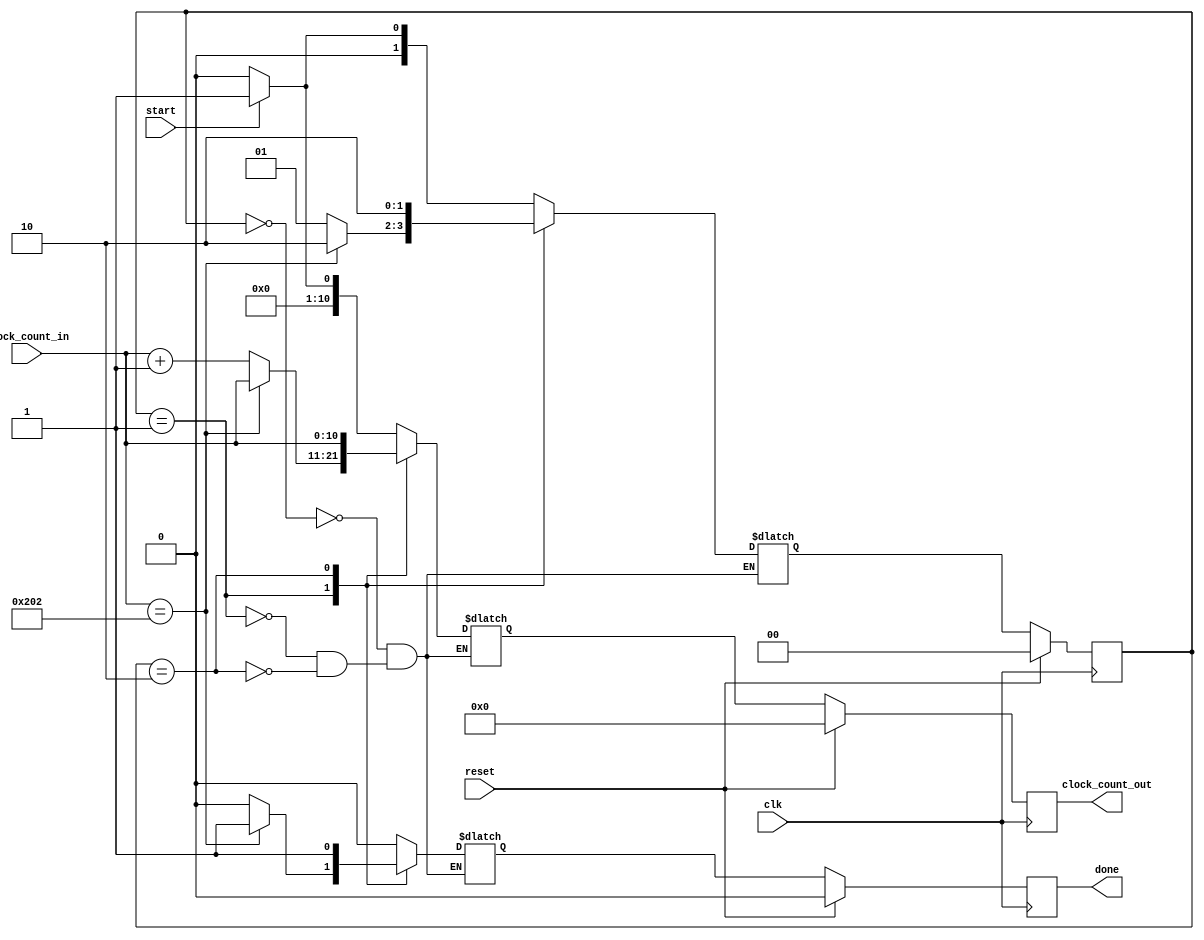
module controlFSM( start, reset, clk, clock_count_in, done, clock_count_out );
	input 						start, reset, clk;
	input			[10:0]		clock_count_in;
	output reg					done;
	output reg	[10:0]		clock_count_out;
	
	reg			[1:0]			current_state, next_state;
	reg			[10:0]		tempclock;
	reg							tempdone;
	
	parameter					reset_state = 2'b00;
	parameter					increment_state = 2'b01;
	parameter					finished_state = 2'b10;
	
	//output logic
	always @ ( posedge clk )
	begin
		if (reset)
		begin
			current_state <= reset_state;
			clock_count_out <= 0;
			done <= 0;
		end
		else
		begin
			current_state <= next_state;
			clock_count_out <= tempclock;
			done <= tempdone;
		end
	end

	//next state logic
	always @(start, reset, clock_count_in)
	begin
		case ( current_state )
		
			reset_state:
			begin
				if ( start )
				begin
					next_state <= increment_state;
					tempdone <= 0;
					tempclock <= 1;
				end
				else
				begin
					next_state <= reset_state;
					tempdone <= 0;
					tempclock <= 0;
				end
			end
			
			increment_state:
			begin
				if (clock_count_in == 514)
				begin
					next_state <= finished_state;
					tempdone <= 1;
					tempclock <= clock_count_in;
				end
				else
				begin
					next_state <= increment_state;
					tempdone <= 0;
					tempclock <= clock_count_in + 1;
				end
			end
			
			finished_state:
			begin
				begin
					next_state <= finished_state;
					tempdone <= 1;
					tempclock <= clock_count_in;
				end
			end
		endcase
	end
endmodule